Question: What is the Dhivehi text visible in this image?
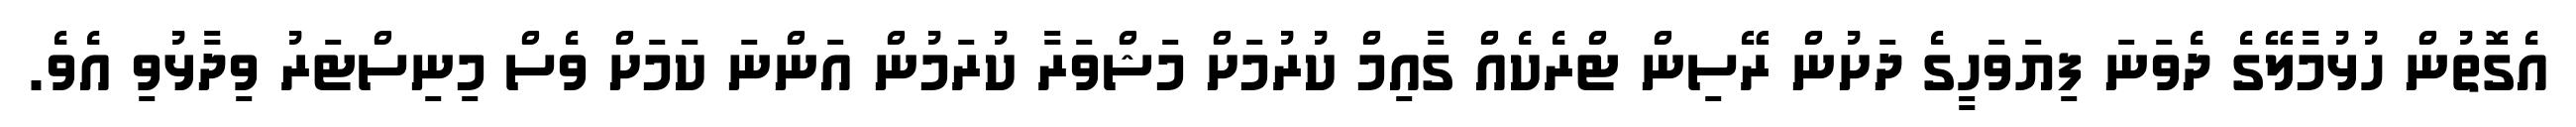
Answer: އެގޮތުން ހުޅުމާލޭގެ ދެވަނަ ފިޔަވަހީގެ ދަށުން ރޭސިން ޓްރެކެއް ގާއިމް ކުރުމަށް މަޝްވަރާ ކުރަމުން އަންނަ ކަމަށް ވެސް މިނިސްޓަރު ވިދާޅުވި އެވެ.